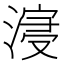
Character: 𣹦